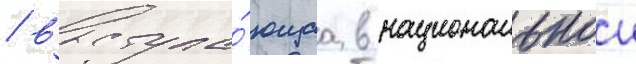
/ выступа́ющаа в национальнои